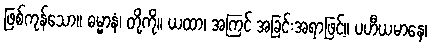
ဖြစ်ကုန်သော။ ဓမ္မာနံ၊ တို့ကို။ ယထာ၊ အကြင် အခြင်းအရာဖြင့်။ ပဟီယမာနေ၊